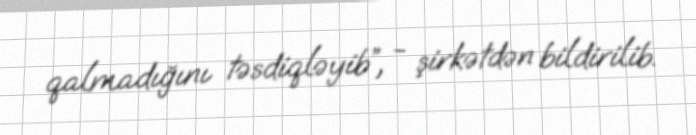
qalmadığını təsdiqləyib”, - şirkətdən bildirilib.